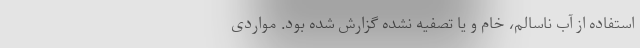
استفاده از آب ناسالم،‌ خام و یا تصفیه نشده گزارش‌ شده بود. مواردی